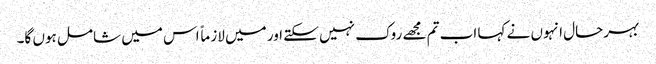
بہرحال انہوں نے کہا اب تم مجھے روک نہیں سکتے اور میں لازماً اس میں شامل ہوں گا۔